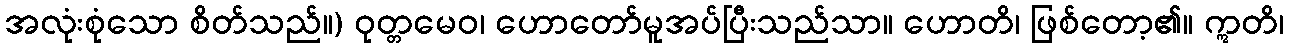
အလုံးစုံသော စိတ်သည်။) ဝုတ္တမေဝ၊ ဟောတော်မူအပ်ပြီးသည်သာ။ ဟောတိ၊ ဖြစ်တော့၏။ ဣတိ၊